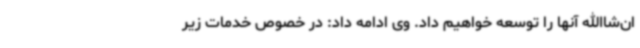
ان‌شاالله آنها را توسعه خواهیم داد. وی ادامه داد: در خصوص خدمات زیر